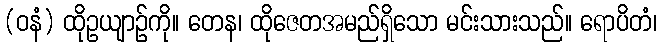
(ဝနံ) ထိုဥယျာဉ်ကို။ တေန၊ ထိုဇေတအမည်ရှိသော မင်းသားသည်။ ရောပိတံ၊